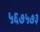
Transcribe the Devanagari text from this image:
५६७५७३